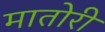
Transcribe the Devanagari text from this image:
मातोरी